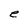
Character: e